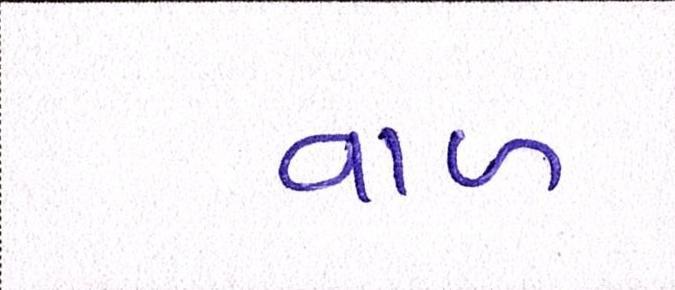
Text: વાળ